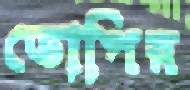
ডোপির